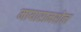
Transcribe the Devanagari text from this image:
मायारामशेल